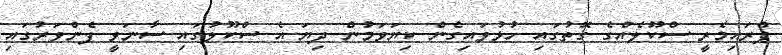
ޕްރައިމެރީ ސްކޫލެއްގެ ގޮތުގައި ހުޅުވައިގެން ކިޔަވަމުން ދިޔަ އެ ސްކޫލުގައި ސާނަވީ ފެންވަރުގައި